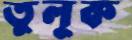
তুলুক